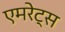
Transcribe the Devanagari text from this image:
एमरेट्स